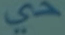
حي